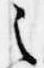
之